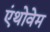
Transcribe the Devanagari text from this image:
एंथोवेम